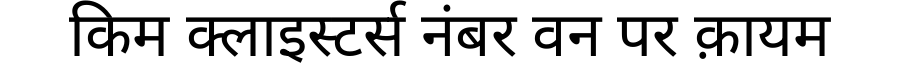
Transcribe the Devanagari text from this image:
किम क्लाइस्टर्स नंबर वन पर क़ायम